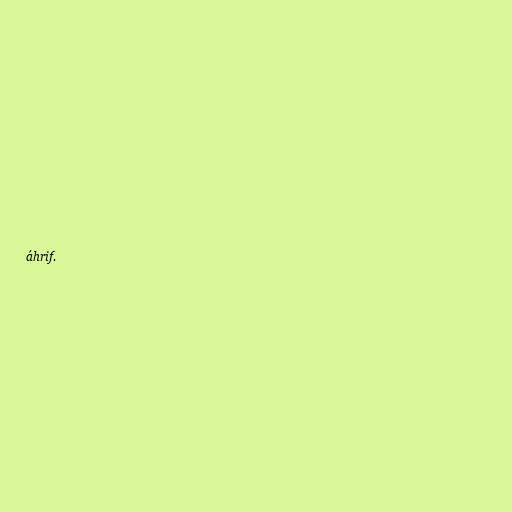
áhrif.